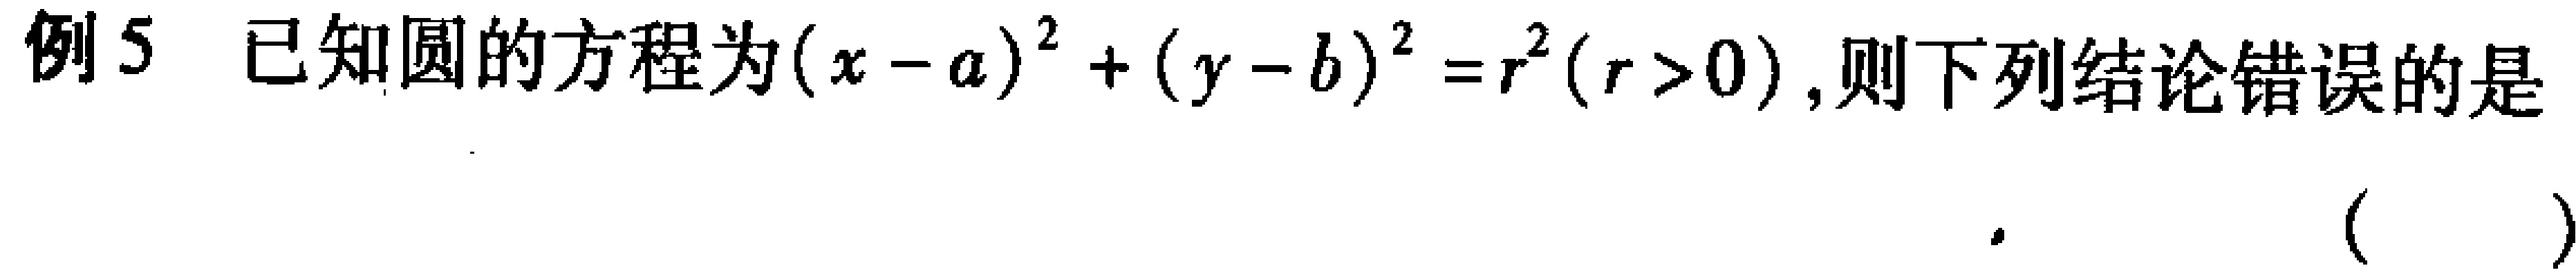
例5 已知圆的方程为\((x - a)^{2}+(y - b)^{2}=r^{2}(r > 0)\),则下列结论错误的是  (   )